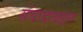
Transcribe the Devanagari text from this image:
संवादाबद्दल